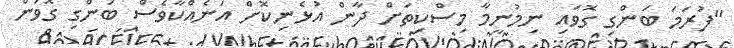
"ފުރަމަ ބަންގި ގޮވައި ނިމުނީމާ މިސްކިތަށް ދާން އުޅެނިކޮށް އަނެއްކާވެސް ބަންގި ގޮވަން